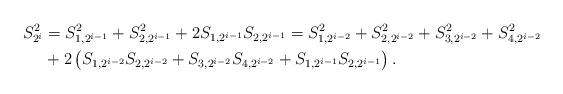
LaTeX: \begin{align*}S_{2^{i}}^{2} & =S_{1,2^{i-1}}^{2}+S_{2,2^{i-1}}^{2}+2S_{1,2^{i-1}}S_{2,2^{i-1}}=S_{1,2^{i-2}}^{2}+S_{2,2^{i-2}}^{2}+S_{3,2^{i-2}}^{2}+S_{4,2^{i-2}}^{2}\\& +2\left( S_{1,2^{i-2}}S_{2,2^{i-2}}+S_{3,2^{i-2}}S_{4,2^{i-2}}+S_{1,2^{i-1}}S_{2,2^{i-1}}\right) .\end{align*}